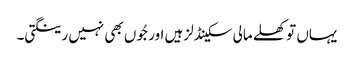
یہاں تو کھلے مالی سکینڈلز ہیں اور جُوں بھی نہیں رینگتی۔